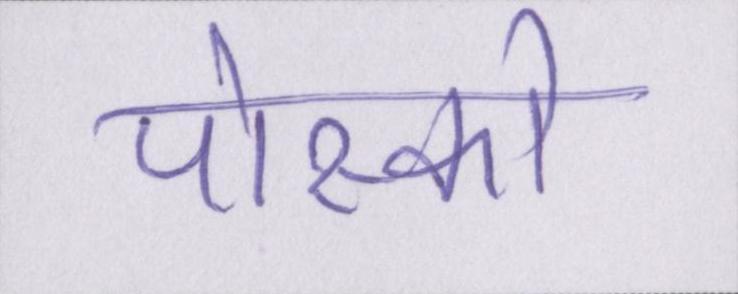
पोस्को